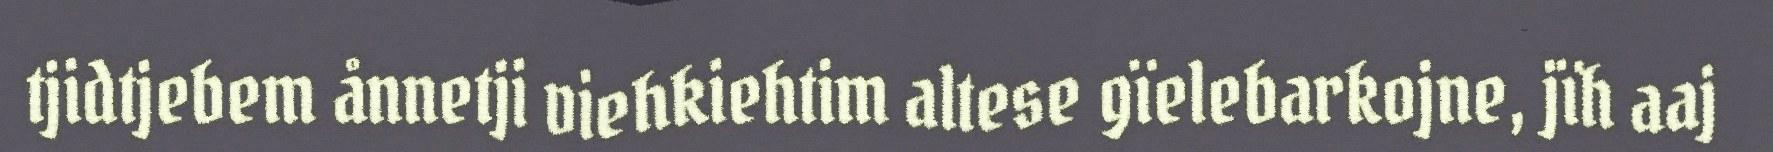
tjidtjebem ånnetji viehkiehtim altese gïelebarkojne, jïh aaj